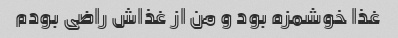
غذا خوشمزه بود و من از غذاش راضی بودم